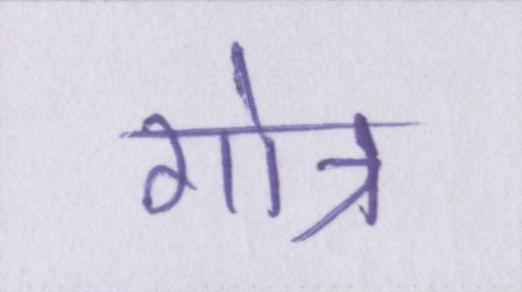
गोत्र